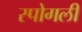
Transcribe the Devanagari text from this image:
स्पोगली